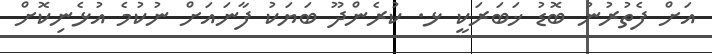
އަށް ފެތުރުނު ބޮޑު ޚަބަރަކީ ޅ. ކުރެންދޫ ބަޔަކު ފާނައަށް ނުކުމެ އުޅެނިކޮށް